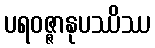
ပရဝဇ္ဇာနုပဿိဿ